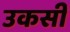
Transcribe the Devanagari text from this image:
उकसी